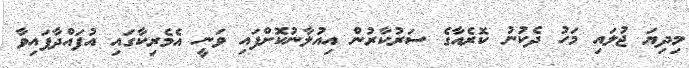
މިދިޔަ ޖުލައި މަހު ދެކުނު ކޮރެއާގެ ސަރުކާރުން އިއުލާނުކޮށްފައި ވަނީ އެމެރިކާގައި އުފައްދާފައިވާ